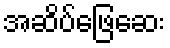
အဆိပ်ဖြေဆေး